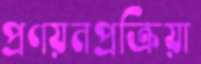
প্রণয়নপ্রক্রিয়া